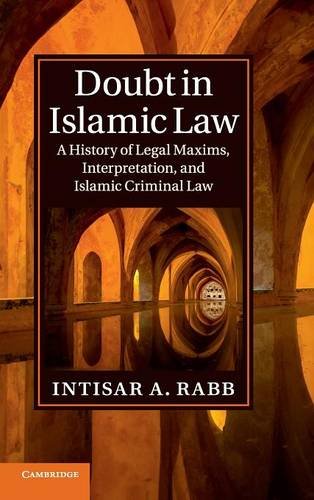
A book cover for Doubt in Islamic Law: A History of Legal Maxims, Interpretation, and Islamic Criminal Law (Cambridge Studies in Islamic Civilization); Intisar A. Rabb; Religion & Spirituality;